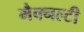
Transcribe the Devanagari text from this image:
मैक्नल्टी